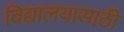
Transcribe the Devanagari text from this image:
विद्यालयासाठी